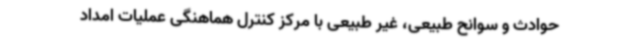
حوادث و سوانح طبیعی، غیر طبیعی با مرکز کنترل هماهنگی عملیات امداد